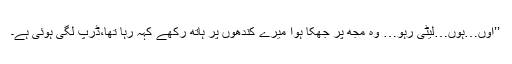
’’اوں…ہوں…لیٹی رہو… وہ مجھ پر جھکا ہوا میرے کندھوں پر ہاتھ رکھے کہہ رہا تھا،ڈرپ لگی ہوئی ہے۔